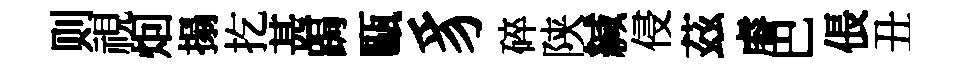
则視𤇆搨扢甚跼甌豸碎陕緘侵茲𥈠巴倀丑